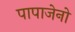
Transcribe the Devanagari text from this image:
पापाजेनो